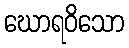
ဃောရဝိသော